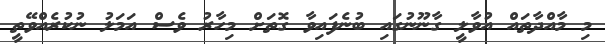
މި މާއްދާތައް އުވާލީ ގާނޫނުގައި ބުނެފައިވާ ގޮތަށް މިހާރު ވެސް އަމަލު ނުކުރެއްވޭތީ